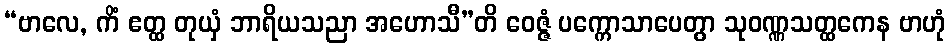
“ဗာလေ, ကိံ ဧတ္ထ တုယှံ ဘာရိယသညာ အဟောသီ”တိ ဝေဇ္ဇံ ပက္ကောသာပေတွာ သုဝဏ္ဏသတ္ထကေန ဗာဟုံ